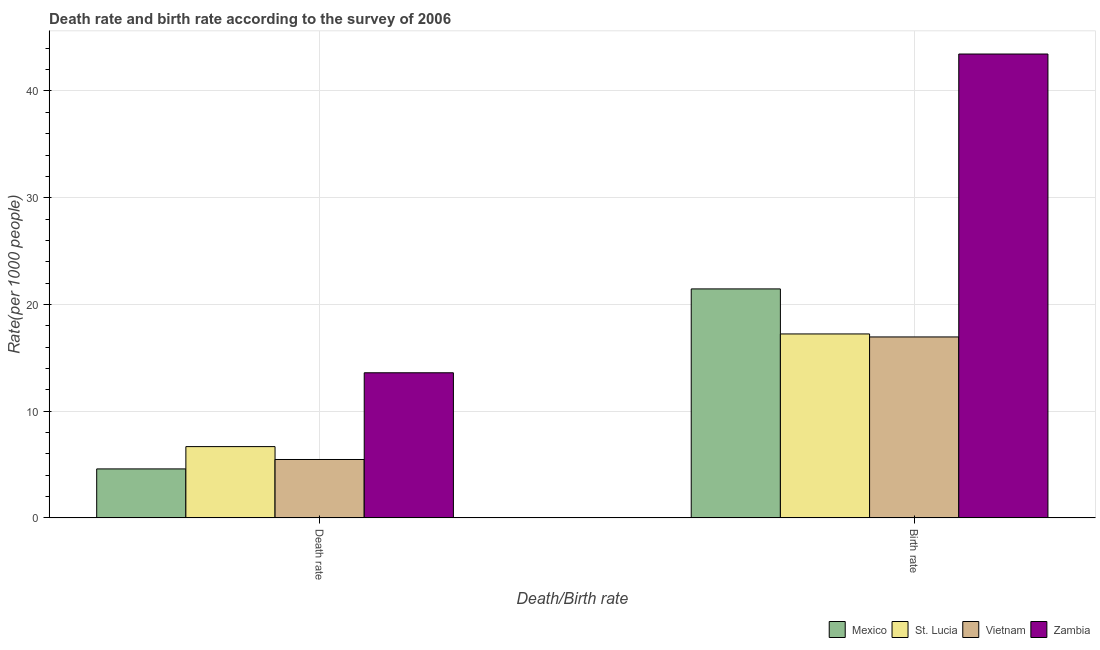
| Death/Birth rate | Mexico | St. Lucia | Vietnam | Zambia |
 | --- | --- | --- | --- | --- |
 | Death rate | 4.59 | 6.68 | 5.47 | 13.6 |
 | Birth rate | 21.5 | 17.2 | 17 | 43.5 |